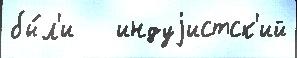
бы́л'и   индуjистск'ий